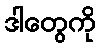
ဒါတွေကို